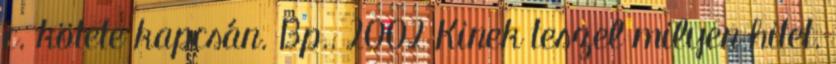
c. kötete kapcsán. Bp., 2002 Kinek teszel milyen hitet.